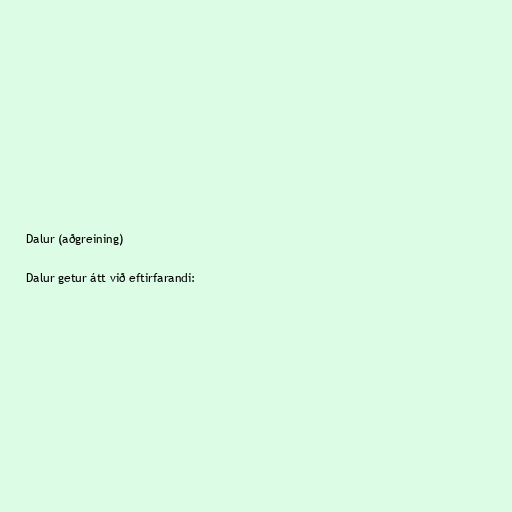
Dalur (aðgreining)

Dalur getur átt við eftirfarandi: